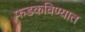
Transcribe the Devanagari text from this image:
फडकविण्यात